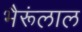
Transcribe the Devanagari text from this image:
भैरूंलाल